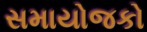
સમાયોજકો